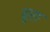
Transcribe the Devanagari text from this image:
ढुरा